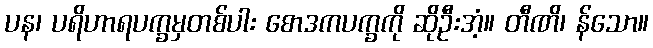
ပန၊ ပရိဟာရပက္ခမှတစ်ပါး စောဒကပက္ခကို ဆိုဦးအံ့။ တီဏိ၊ န်သော။